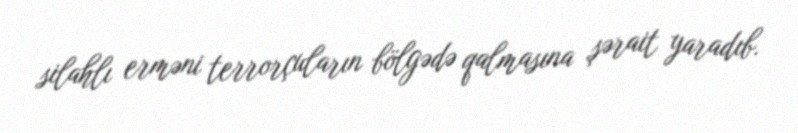
silahlı erməni terrorçuların bölgədə qalmasına şərait yaradıb.